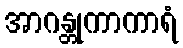
အာဂန္တုကာကာရံ